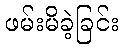
ဖမ်းမိခဲ့ခြင်း